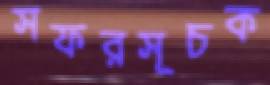
সফরসূচক